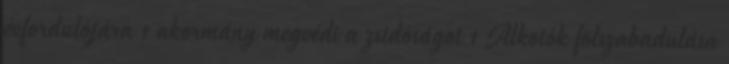
évfordulójára 1 akormány megvédi a zsidóságot 1 Alkotók fölszabadulása